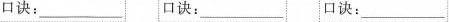
口诀：___口诀：___ 口诀：___